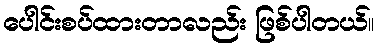
ပေါင်းစပ်ထားတာလည်း ဖြစ်ပါတယ်။